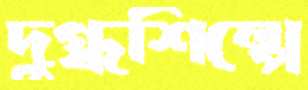
দুগ্ধশিল্পে